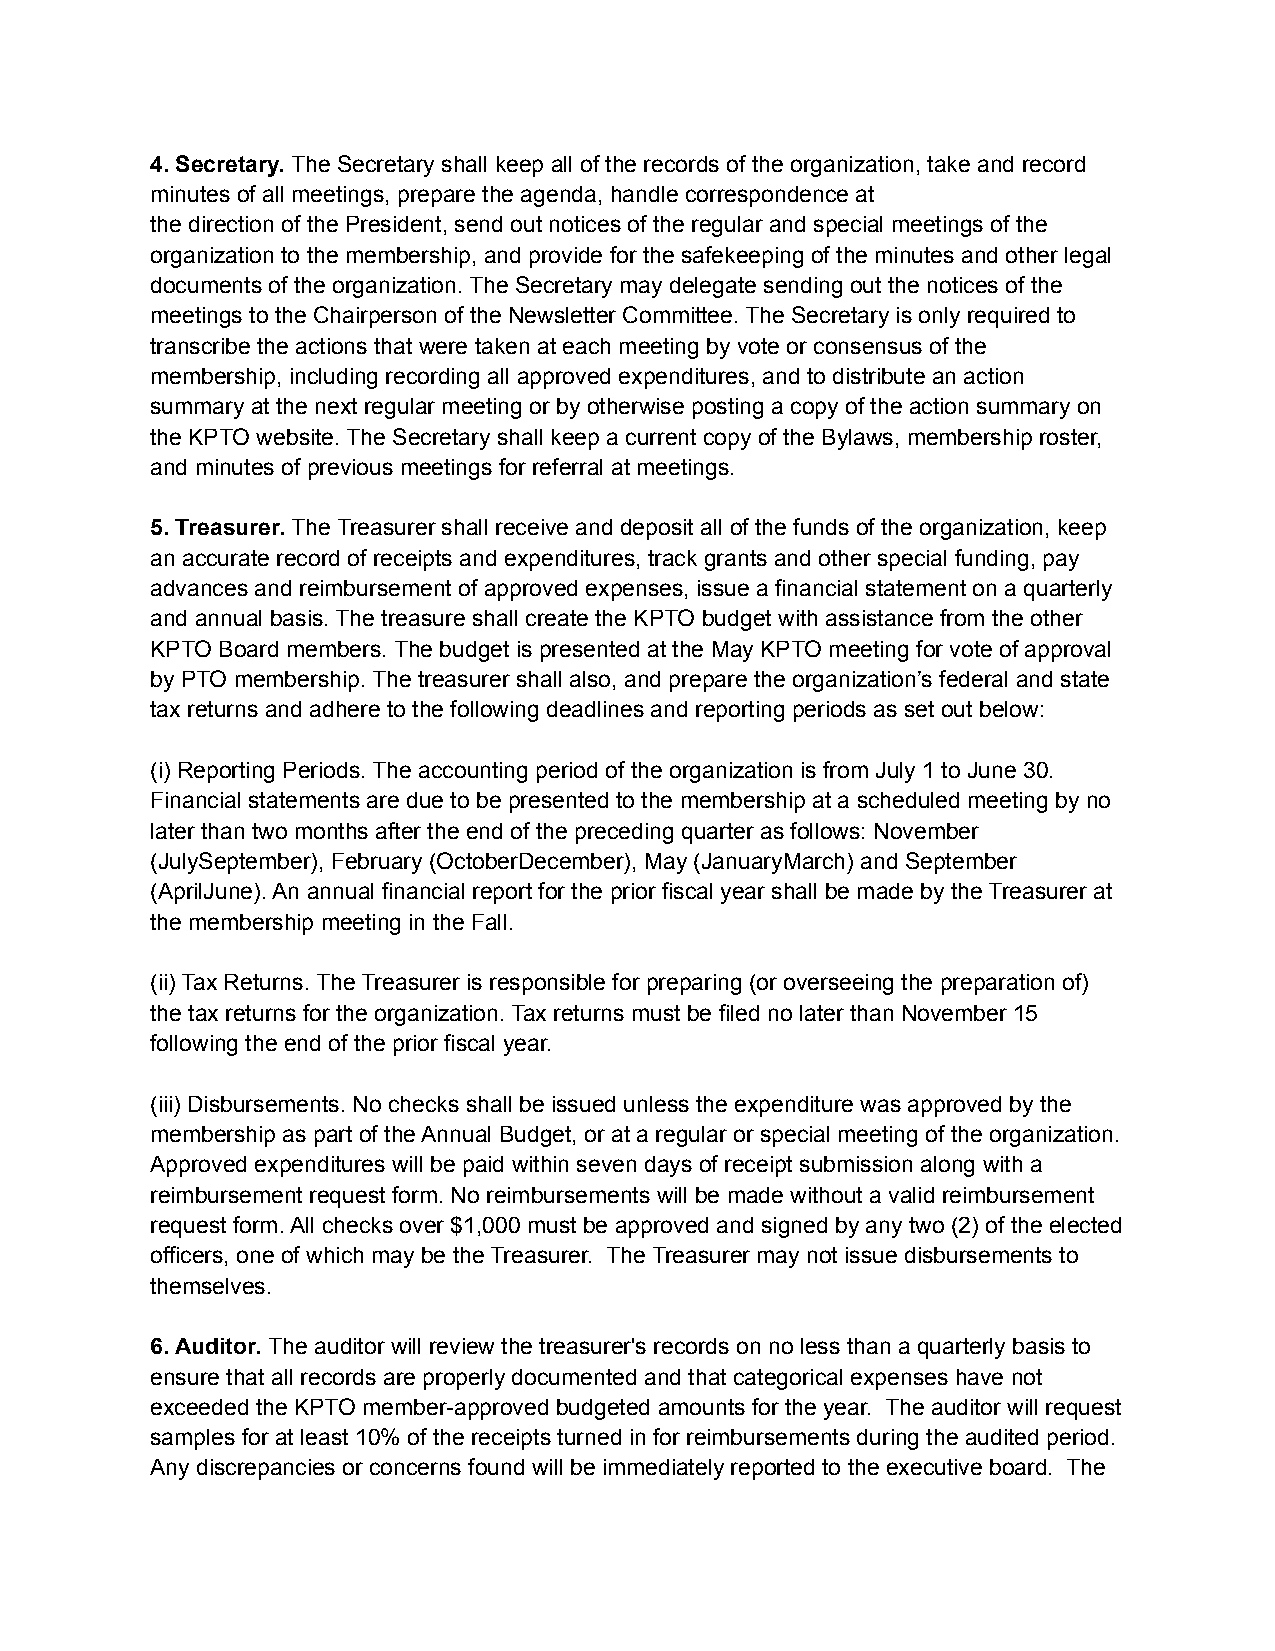
4. Secretary. The Secretary shall keep all of the records of the organization, take and record
 minutes of all meetings, prepare the agenda, handle correspondence at
 the direction of the President, send out notices of the regular and special meetings of the
 organization to the membership, and provide for the safekeeping of the minutes and other legal
 documents of the organization. The Secretary may delegate sending out the notices of the
 meetings to the Chairperson of the Newsletter Committee. The Secretary is only required to
 transcribe the actions that were taken at each meeting by vote or consensus of the
 membership, including recording all approved expenditures, and to distribute an action
 summary at the next regular meeting or by otherwise posting a copy of the action summary on
 the KPTO website. The Secretary shall keep a current copy of the Bylaws, membership roster,
 and minutes of previous meetings for referral at meetings.
 5. Treasurer. The Treasurer shall receive and deposit all of the funds of the organization, keep
 an accurate record of receipts and expenditures, track grants and other special funding, pay
 advances and reimbursement of approved expenses, issue a financial statement on a quarterly
 and annual basis. The treasure shall create the KPTO budget with assistance from the other
 KPTO Board members. The budget is presented at the May KPTO meeting for vote of approval
 by PTO membership. The treasurer shall also, and prepare the organization’s federal and state
 tax returns and adhere to the following deadlines and reporting periods as set out below:
 (i) Reporting Periods. The accounting period of the organization is from July 1 to June 30.
 Financial statements are due to be presented to the membership at a scheduled meeting by no
 later than two months after the end of the preceding quarter as follows: November
 (JulySeptember), February (OctoberDecember), May (JanuaryMarch) and September
 (AprilJune). An annual financial report for the prior fiscal year shall be made by the Treasurer at
 the membership meeting in the Fall.
 (ii) Tax Returns. The Treasurer is responsible for preparing (or overseeing the preparation of)
 the tax returns for the organization. Tax returns must be filed no later than November 15
 following the end of the prior fiscal year.
 (iii) Disbursements. No checks shall be issued unless the expenditure was approved by the
 membership as part of the Annual Budget, or at a regular or special meeting of the organization.
 Approved expenditures will be paid within seven days of receipt submission along with a
 reimbursement request form. No reimbursements will be made without a valid reimbursement
 request form. All checks over $1,000 must be approved and signed by any two (2) of the elected
 officers, one of which may be the Treasurer. The Treasurer may not issue disbursements to
 themselves.
 6. Auditor. The auditor will review the treasurer's records on no less than a quarterly basis to
 ensure that all records are properly documented and that categorical expenses have not
 exceeded the KPTO member-approved budgeted amounts for the year. The auditor will request
 samples for at least 10% of the receipts turned in for reimbursements during the audited period.
 Any discrepancies or concerns found will be immediately reported to the executive board. The